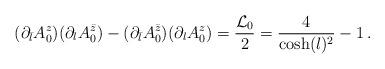
LaTeX: \begin{align*}(\partial_{\bar{l}}A_0^{z})(\partial_{l}A_0^{\bar{z}})-(\partial_{\bar{l}}A_0^{\bar{z}})(\partial_{l}A_0^z)=\frac{{\cal L}_0}{2}=\frac{4}{\cosh(l)^2}-1\,.\end{align*}